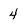
Character: 4